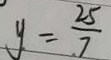
y = \frac { 2 5 } { 7 }